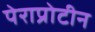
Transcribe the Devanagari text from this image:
पेराप्रोटीन